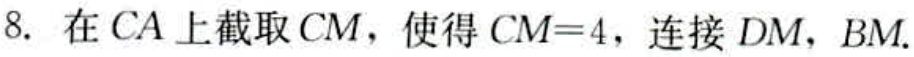
8. 在\(CA\)上截取\(CM\)，使得\(CM = 4\)，连接\(DM\)，\(BM\)。